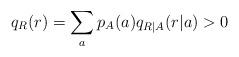
LaTeX: \begin{align*} q_R(r)=\sum_{a}p_A(a)q_{R|A}(r|a)>0\end{align*}